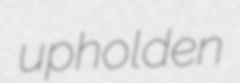
upholden